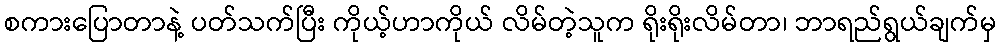
စကားပြောတာနဲ့ ပတ်သက်ပြီး ကိုယ့်ဟာကိုယ် လိမ်တဲ့သူက ရိုးရိုးလိမ်တာ၊ ဘာရည်ရွယ်ချက်မှ